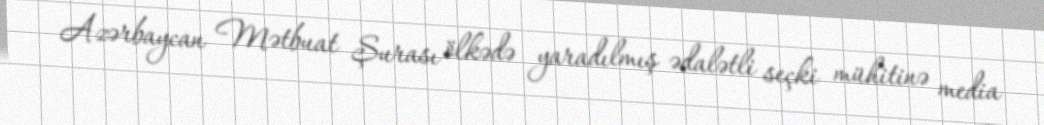
Azərbaycan Mətbuat Şurası ölkədə yaradılmış ədalətli seçki mühitinə media